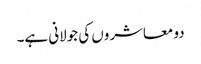
دو معاشروں کی جولانی ہے۔